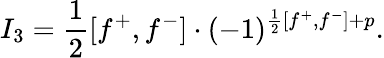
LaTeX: I_{3}=\frac{1}{2}[f^{+},f^{-}]\cdot(-1)^{\frac{1}{2}[f^{+},f^{-}]+p}.